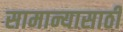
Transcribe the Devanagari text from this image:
सामान्यासाठी